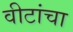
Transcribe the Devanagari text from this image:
वीटांचा